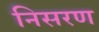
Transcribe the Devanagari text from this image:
निसरण